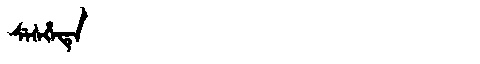
Manchu: ᠰᡝᠰᡥᡝᡨᡝ
Romanization: SESHETE